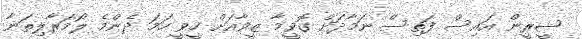
ޝީރީން އައިސް ފަތިސް ނަމާދަށް ގޮވީމާ ޒީވާއަށް ހީވީ ހަމަ ދެންމެ ލޯމަރާލިތަނާ